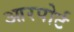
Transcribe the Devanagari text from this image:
आरपोर्ट